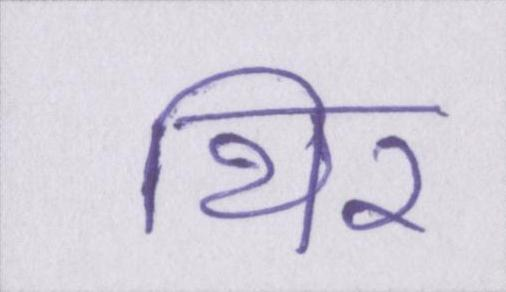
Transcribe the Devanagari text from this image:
थिर